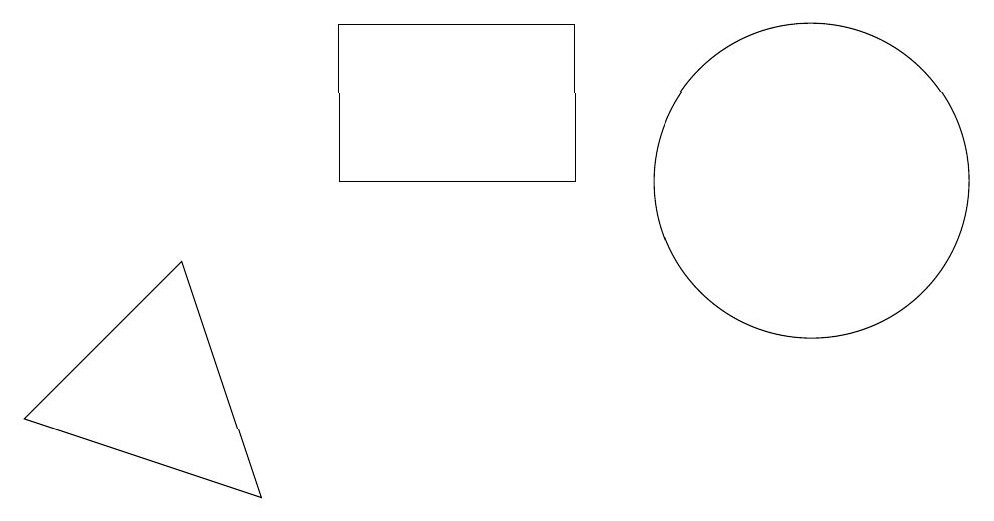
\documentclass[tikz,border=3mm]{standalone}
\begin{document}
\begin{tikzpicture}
\draw (9,12) rectangle (6,10);
\draw (4,9) -- (2,7) -- (5,6) -- cycle;
\draw (12,10) circle (2);
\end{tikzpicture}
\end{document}